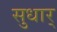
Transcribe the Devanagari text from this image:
सुधार्